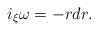
\begin{align*}i_\xi\omega=-rdr.\end{align*}